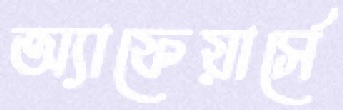
অ্যাফেয়ার্সে